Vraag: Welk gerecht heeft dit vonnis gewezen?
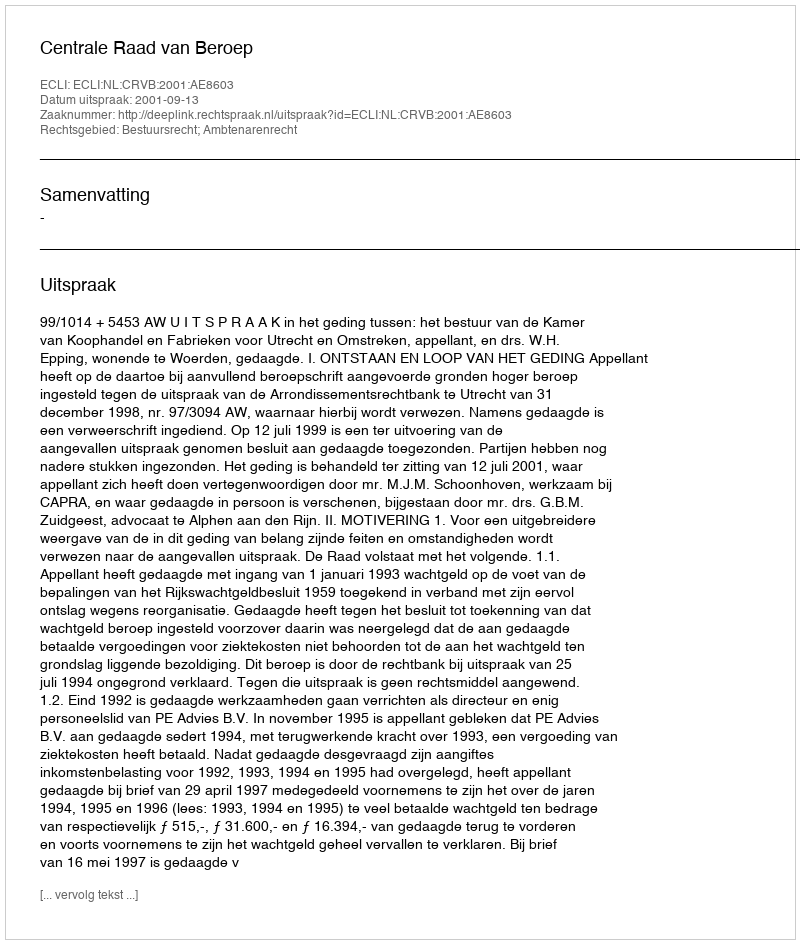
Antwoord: Centrale Raad van Beroep